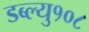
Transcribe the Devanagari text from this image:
डब्ल्यु१०८